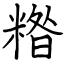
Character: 糌